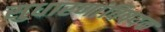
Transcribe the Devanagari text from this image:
सुधारणांविषयक